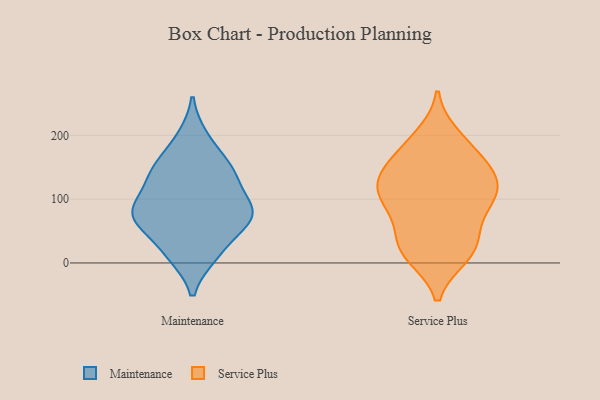
{"axis": {"x": "Bounce Rate (%)", "y": "Value"}, "legend": ["Maintenance", "Service Plus"], "data": [{"x": "", "y": 74, "type": "Maintenance"}, {"x": "", "y": 75, "type": "Maintenance"}, {"x": "", "y": 12, "type": "Maintenance"}, {"x": "", "y": 79, "type": "Maintenance"}, {"x": "", "y": 128, "type": "Maintenance"}, {"x": "", "y": 149, "type": "Maintenance"}, {"x": "", "y": 79, "type": "Maintenance"}, {"x": "", "y": 15, "type": "Maintenance"}, {"x": "", "y": 156, "type": "Maintenance"}, {"x": "", "y": 86, "type": "Maintenance"}, {"x": "", "y": 197, "type": "Maintenance"}, {"x": "", "y": 52, "type": "Maintenance"}, {"x": "", "y": 131, "type": "Maintenance"}, {"x": "", "y": 179, "type": "Service Plus"}, {"x": "", "y": 141, "type": "Service Plus"}, {"x": "", "y": 116, "type": "Service Plus"}, {"x": "", "y": 31, "type": "Service Plus"}, {"x": "", "y": 86, "type": "Service Plus"}, {"x": "", "y": 142, "type": "Service Plus"}, {"x": "", "y": 112, "type": "Service Plus"}, {"x": "", "y": 141, "type": "Service Plus"}, {"x": "", "y": 12, "type": "Service Plus"}, {"x": "", "y": 77, "type": "Service Plus"}, {"x": "", "y": 95, "type": "Service Plus"}, {"x": "", "y": 134, "type": "Service Plus"}, {"x": "", "y": 198, "type": "Service Plus"}, {"x": "", "y": 182, "type": "Service Plus"}, {"x": "", "y": 12, "type": "Service Plus"}, {"x": "", "y": 25, "type": "Service Plus"}, {"x": "", "y": 34, "type": "Service Plus"}, {"x": "", "y": 105, "type": "Service Plus"}]}